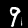
Digit: 9